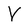
Character: V